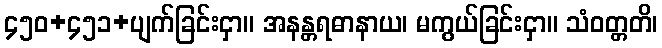
၄၅၀+၄၅၁+ပျက်ခြင်းငှာ။ အနန္တရဓာနာယ၊ မကွယ်ခြင်းငှာ။ သံဝတ္တတိ၊